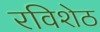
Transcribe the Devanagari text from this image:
रविशेठ